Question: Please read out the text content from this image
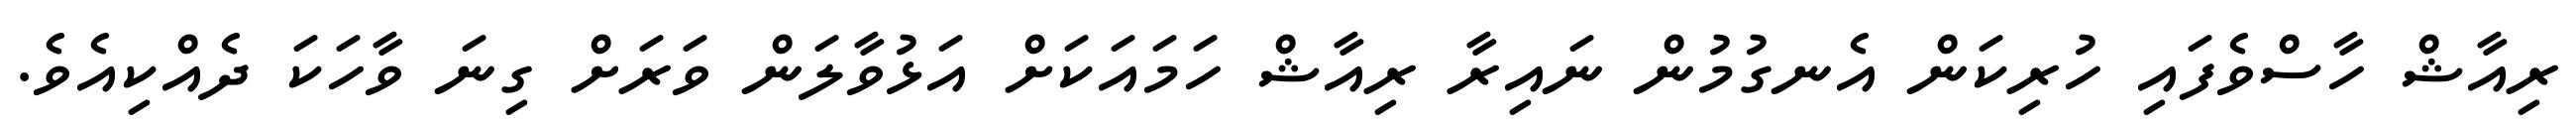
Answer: ރިއާޝް ހާސްވެފައި ހުރިކަން އެނގުމުން ނައިރާ ރިއާޝް ހަމައަކަށް އަޅުވާލަން ވަރަށް ގިނަ ވާހަކަ ދެއްކިއެވެ.